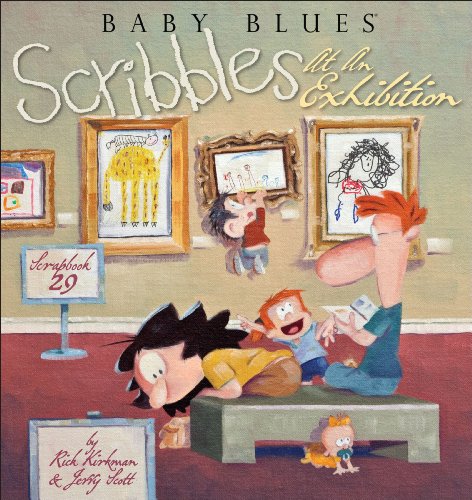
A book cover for Scribbles at an Exhibition (Baby Blues Scrapbook); Rick Kirkman; Comics & Graphic Novels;